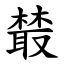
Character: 樷